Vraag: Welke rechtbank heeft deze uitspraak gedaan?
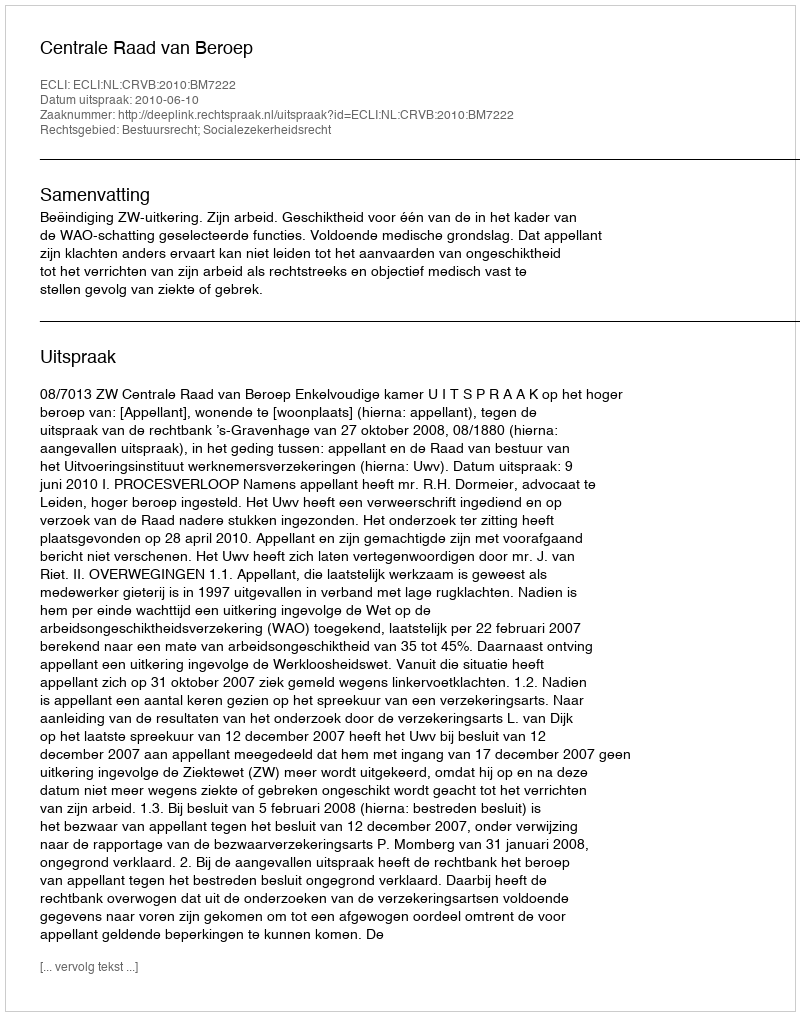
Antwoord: Centrale Raad van Beroep